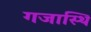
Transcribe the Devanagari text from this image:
गजास्थि